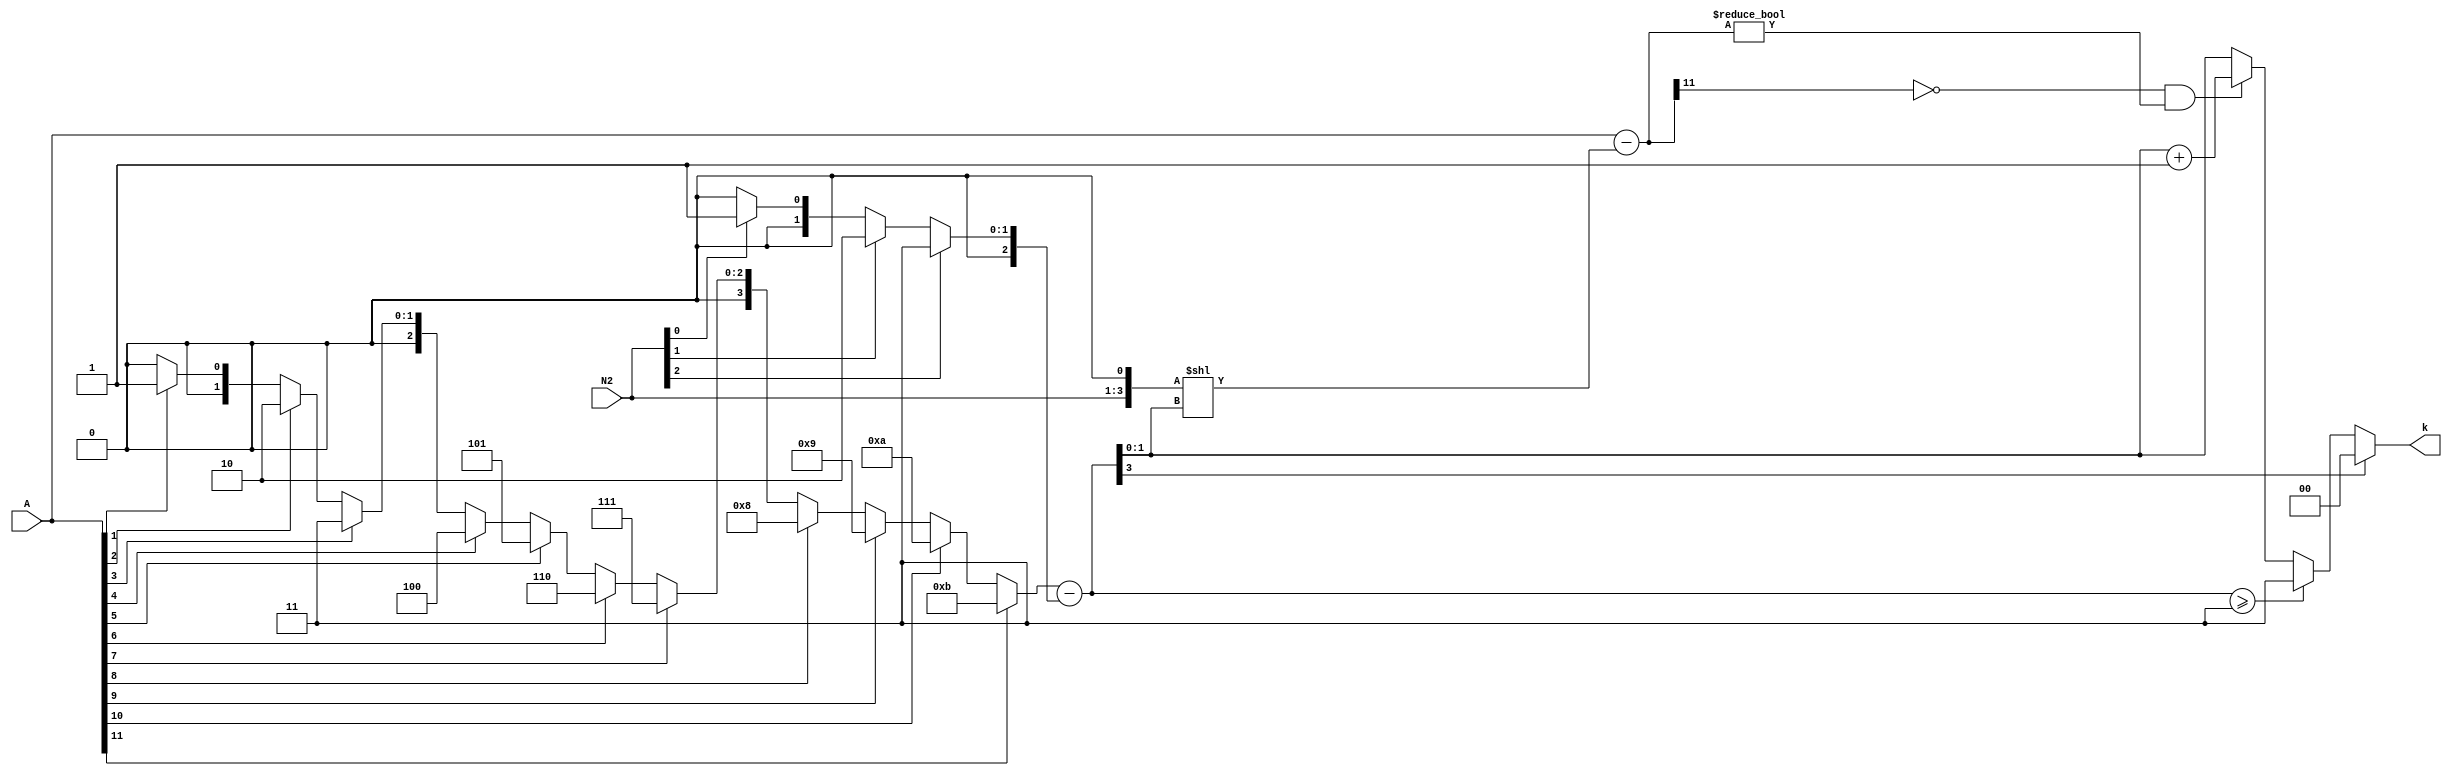
`timescale 1ns / 100ps
module determine_k(A,N2,k);
// synopsys template
input [11:0] A;
input [2:0] N2;
output [1:0] k;
reg [1:0] outp;
///wire signed [11:0] temp;
wire [11:0] temp;
wire [3:0] lead1A;
wire [2:0] lead1N;
reg [3:0] leadA;
reg [2:0] leadN;
///wire signed [3:0] difference;
wire [3:0] difference;
wire [11:0] shifted_N;
wire [3:0] N;
assign N={N2,1'b0};
assign lead1A = leadA;
assign lead1N = leadN;
assign difference = lead1A-{1'b0,lead1N};
// above statement is dicy, look into it 
assign shifted_N = N << difference[1:0];
assign temp = A - shifted_N;
assign k = outp;

always @(*)
begin
case (1'b1)
A[11] : leadA = 11;
A[10] :  leadA = 10;
A[9] :  leadA = 9;
A[8] :  leadA = 8;
A[7] :  leadA = 7;
A[6] :	leadA = 6;
A[5] :	leadA = 5;
A[4] :	leadA = 4;
A[3] :	leadA = 3;
A[2] :	leadA = 2;
A[1] :	leadA = 1;
A[0] :	leadA = 0;
default : leadA = 0;
endcase
end
always @(*)
begin
case (1'b1)
N[3] : leadN = 3'd3;
N[2] : leadN = 3'd2;
N[1] : leadN = 3'd1;
N[0] : leadN = 3'd0;
default : leadN = 0;
endcase
end

always @ (*)
begin
	if(difference[3] == 1'b1)
	begin
		outp = 2'b00;
	end
	else if (difference >= 4'b0011)
	begin
		outp = 2'b11;
	end
	else
	begin
		
		if(temp[11] ==  1'b0 && temp != 12'b000000000000)
			outp = difference[1:0] +1;
		else
			outp = difference[1:0];
			
	end
	
end
endmodule